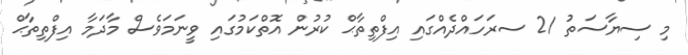
މި ސިޔާސަތު 21 ސރަހައްދެއްގައި އިފްތިތާޙް ކުރުން އޮތްކަމުގައި ވީނަމަވެސް މާދަމާ އިފްތިތާޙް